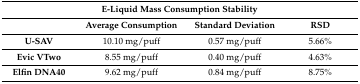
<table><thead><tr><td colspan="4"><b>E-Liquid Mass Consumption Stability</b></td></tr><tr><td></td><td><b>Average Consumption</b></td><td><b>Standard Deviation</b></td><td><b>RSD</b></td></tr></thead><tbody><tr><td><b>U-SAV</b></td><td>10.10 mg/puff</td><td>0.57 mg/puff</td><td>5.66%</td></tr><tr><td><b>Evic VTwo</b></td><td>8.55 mg/puff</td><td>0.40 mg/puff</td><td>4.63%</td></tr><tr><td><b>Elfin DNA40</b></td><td>9.62 mg/puff</td><td>0.84 mg/puff</td><td>8.75%</td></tr></tbody></table>